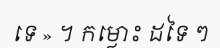
ទេ » ។ កម្លោះ ដទៃ ៗ